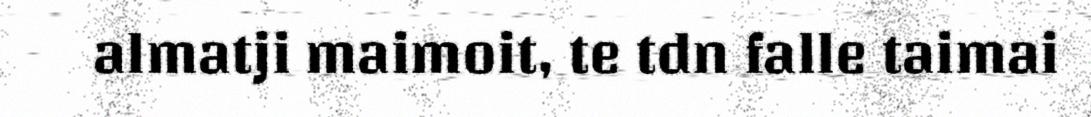
almatji maimoit, te tdn falle taimai